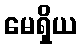
မေရှိယ